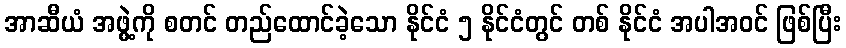
အာဆီယံ အဖွဲ့ကို စတင် တည်ထောင်ခဲ့သော နိုင်ငံ ၅ နိုင်ငံတွင် တစ် နိုင်ငံ အပါအဝင် ဖြစ်ပြီး